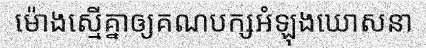
ម៉ោងស្មើគ្នាឲ្យគណបក្សអំឡុងឃោសនា